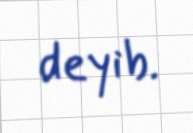
deyib.